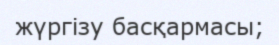
жүргізу басқармасы;